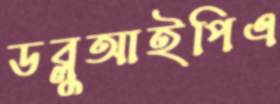
ডব্লুআইপিএ